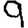
Digit: 9